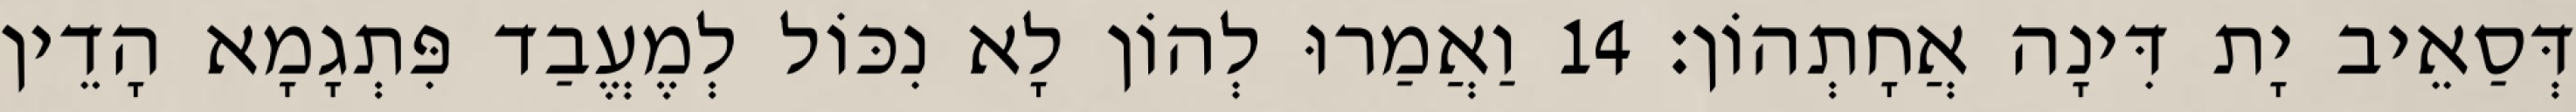
דְּסַאֵיב יָת דִּינָה אֲחָתְהוֹן׃ 14 וַאֲמַרוּ לְהוֹן לָא נִכּוֹל לְמֶעֱבַד פִּתְגָמָא הָדֵין